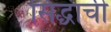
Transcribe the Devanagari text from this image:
सिद्धाची